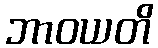
ဘာဝယတိ